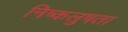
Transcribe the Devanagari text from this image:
निष्कलुषता